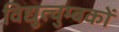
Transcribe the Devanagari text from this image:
विद्युत्चुम्बकों